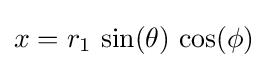
x=r_{1}\,\sin(\theta )\,\cos(\phi )